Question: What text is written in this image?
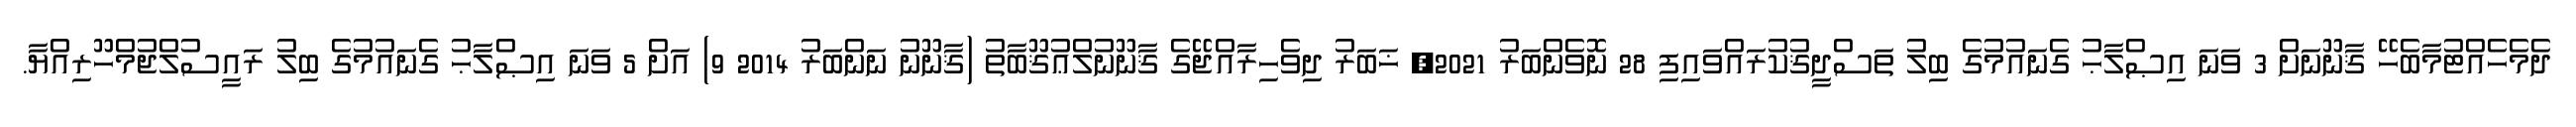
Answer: ދެމެހެއްޓުމާބެހޭ ޤާނޫނަށް 3 ވަނަ އިޞްލާޙު ގެނައުމުގެ ބިލު ތަސްދީޤުކުރައްވައިފި 28 ނޮވެންބަރު 2021, ޚަބަރު ދިވެހިރާއްޖޭގެ ޤާނޫނުލްޢުޤޫބާތު (ޤާނޫނު ނަންބަރު 2014 9) އަށް 5 ވަނަ އިޞްލާޙު ގެނައުމުގެ ބިލު ރައީސުލްޖުމްހޫރިއްޔާ.